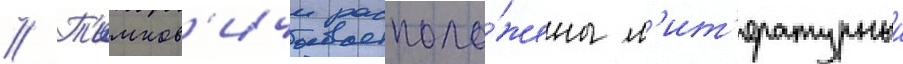
// Т'имков'ичи располо́жены л'ит'ературныи